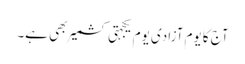
آج کا یوم آزادی یوم یکجہتی کشمیر بھی ہے۔